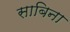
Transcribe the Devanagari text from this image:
साबिना